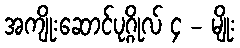
အကျိုးဆောင်ပုဂ္ဂိုလ် ၄ - မျိုး